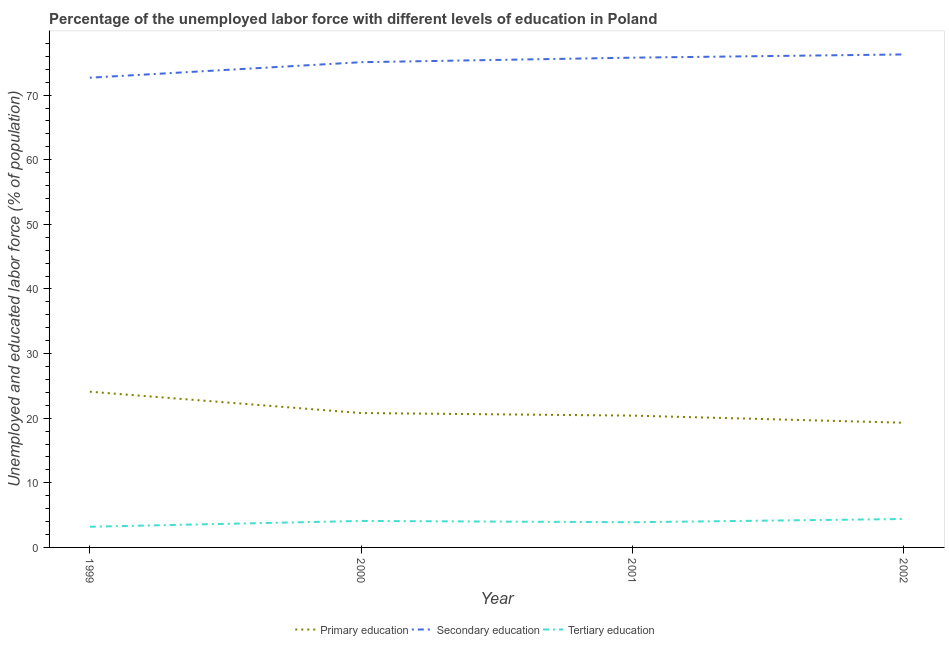
| Year | Primary education | Secondary education | Tertiary education |
 | --- | --- | --- | --- |
 | 1999 | 24.1 | 72.7 | 3.2 |
 | 2000 | 20.8 | 75.1 | 4.1 |
 | 2001 | 20.4 | 75.8 | 3.9 |
 | 2002 | 19.3 | 76.3 | 4.4 |